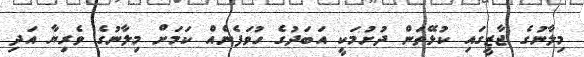
މިލާނުގެ ޖާޒީގައި ކުޅޭތަން ދުށުމަކީ އަބަދުގެ ހުވަފެނެއް ކަމަށް މިލާނުގެ ވެރިޔާ އަދި